Vaccination in the Punjab 1883-1896 - 1883-1896
Year: 1883
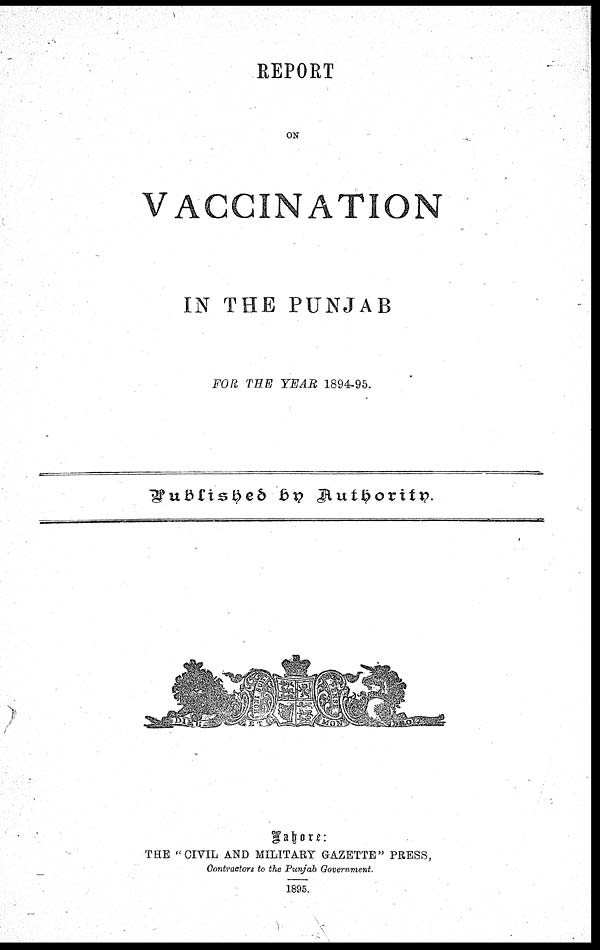
REPORT
ON
VACCINATION
IN THE PUNJAB
FOR THE YEAR 1894-95.
Published by Authority.
Lohore:
THE ''CIVIL AND MILITARY GAZETTE" PRESS,
Contractors to the Punjab Government.
1895.